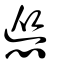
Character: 慫